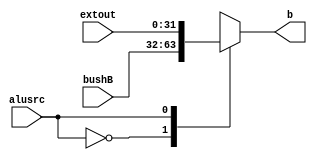
module mux3(alusrc,bushB,extout,b);
//choose the second input to ALU
    input [31:0] bushB;
    input [31:0] extout;
    input alusrc;
    output reg[31:0] b;
    
    always@(alusrc or bushB or extout)
    begin
      case(alusrc)
          1'd0:b=bushB;
          1'd1:b=extout;
      endcase
    end
endmodule